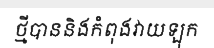
ថ្មីបាននិងកំពុងវាយឡុក